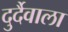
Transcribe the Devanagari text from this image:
दुर्दैवाला